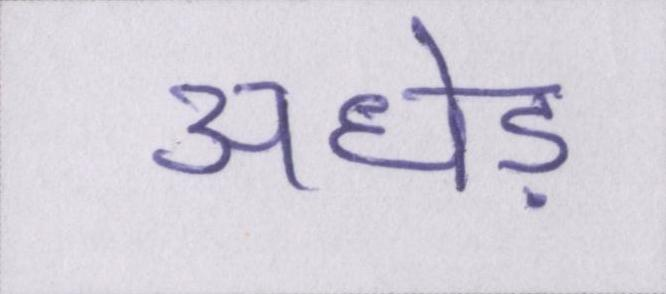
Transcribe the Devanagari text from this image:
अधेड़